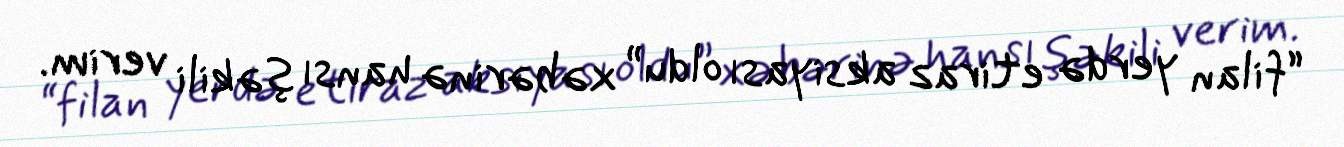
“filan yerdə etiraz aksiyası oldu” xəbərinə hansı şəkili verim.